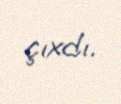
çıxdı.